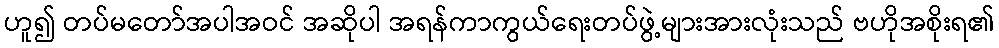
ဟူ၍ တပ်မတော်အပါအဝင် အဆိုပါ အရန်ကာကွယ်ရေးတပ်ဖွဲ့များအားလုံးသည် ဗဟိုအစိုးရ၏